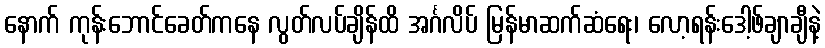
နောက် ကုန်းဘောင်ခေတ်ကနေ လွတ်လပ်ချိန်ထိ အင်္ဂလိပ် မြန်မာဆက်ဆံရေး၊ လော့ရန်းဒေါ့ဖ်ချာချီနဲ့